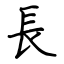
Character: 長